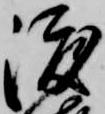
渡